画像に写った文字を読んでください
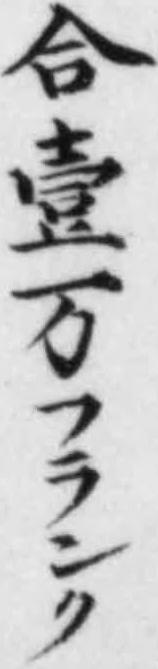
「合壹万フランク」と書いてあります